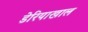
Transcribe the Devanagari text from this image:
डेरियाखाल